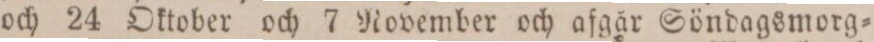
och 24 Oktober och 7 November och afgår Söndagsmorg=